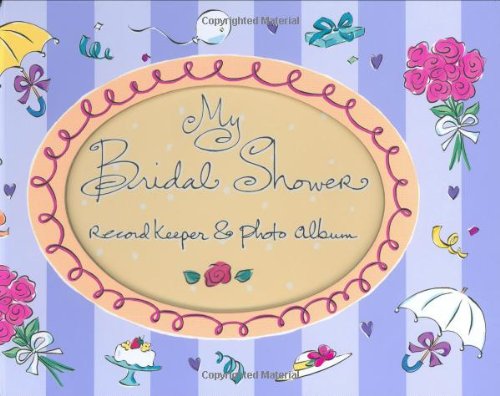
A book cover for My Bridal Shower (Record Keeper Photo Albums); Evelyn Beilenson; Crafts, Hobbies & Home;